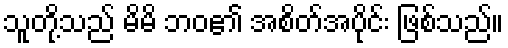
သူတို့သည် မိမိ ဘဝ၏ အစိတ်အပိုင်း ဖြစ်သည်။